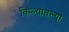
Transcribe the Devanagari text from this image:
किल्यातल्या